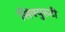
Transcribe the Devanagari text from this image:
सिक्युरुटी